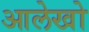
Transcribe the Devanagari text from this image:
आलेखो